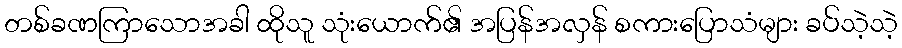
တစ်ခဏကြာသောအခါ ထိုသူ သုံးယောက်၏ အပြန်အလှန် စကားပြောသံများ ခပ်သဲ့သဲ့